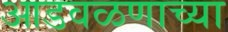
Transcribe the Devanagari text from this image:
आडवळणाच्या